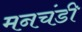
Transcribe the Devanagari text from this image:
मनचंडी